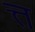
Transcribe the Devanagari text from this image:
त्त